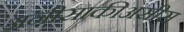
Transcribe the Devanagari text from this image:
अनीसाकीअसीस